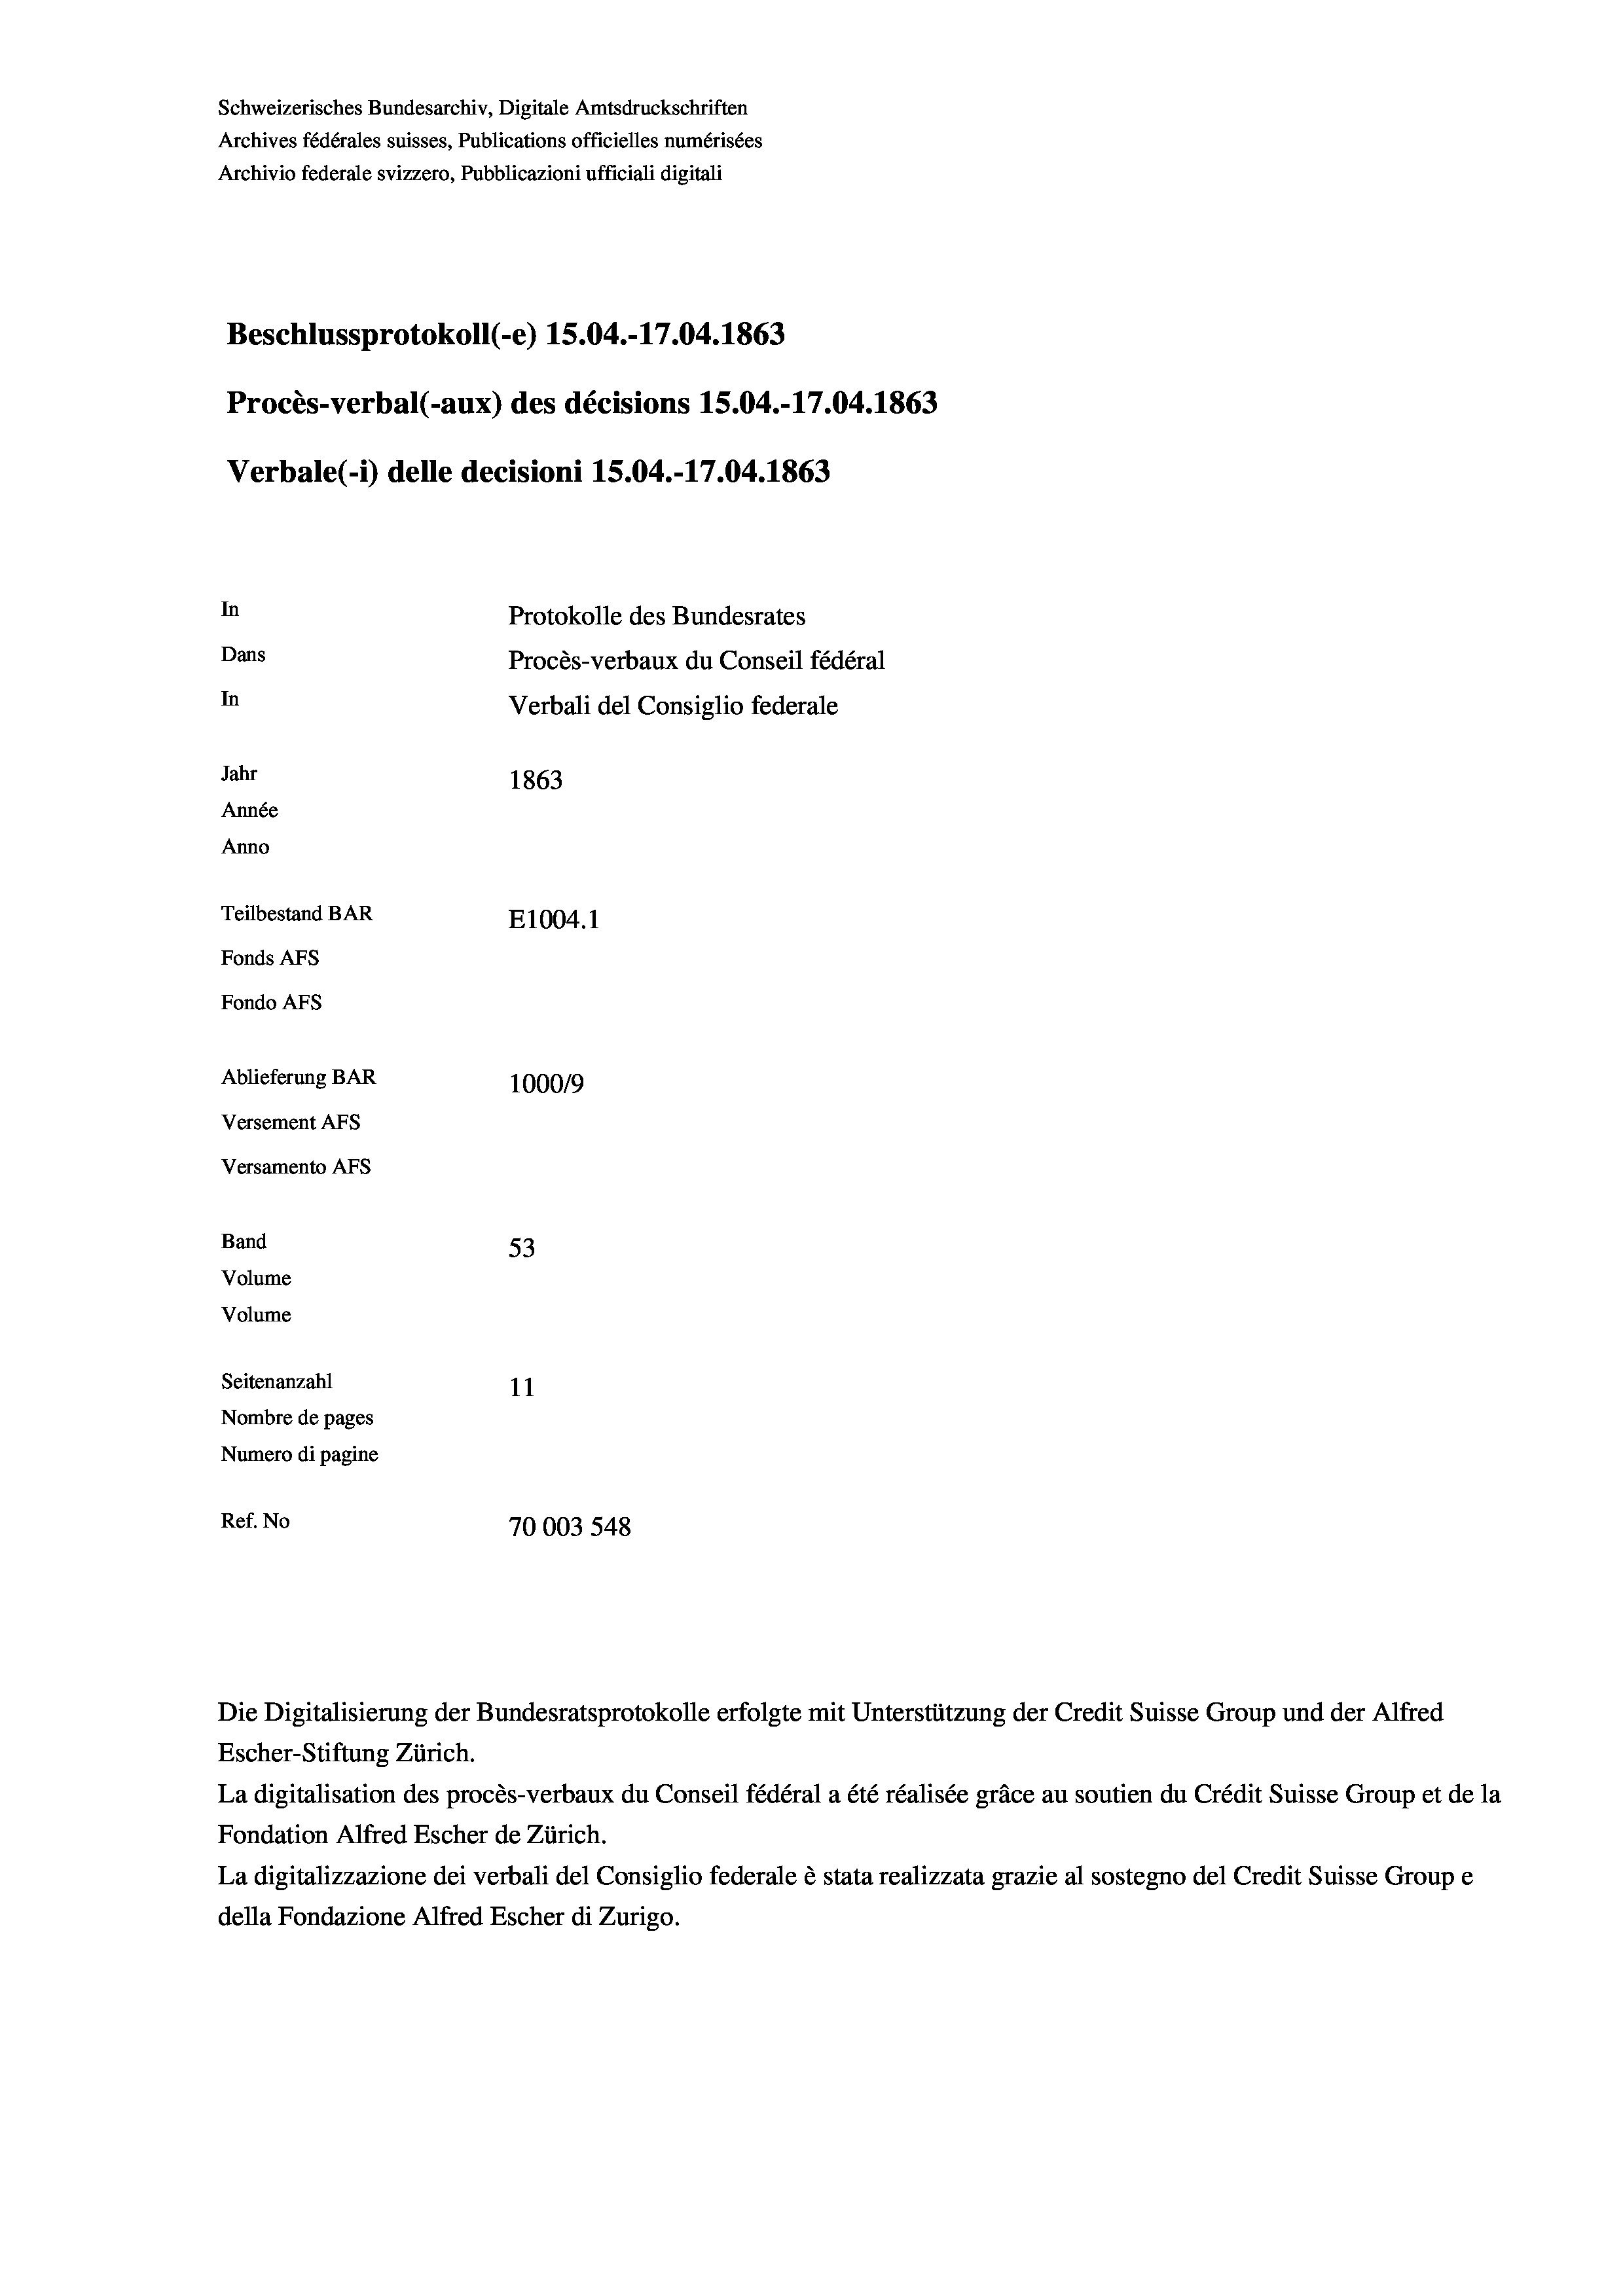
Schweizerisches Bundesarchiv, Digitale Amtsdruckschriften
Archives fédérales suisses, Publications officielles numérisées
Archivio federale svizzero, Pubblicazioni ufficiali digitali
Beschlussprotokoll (-e) 15.04.-17.04. 1863
Procès-verbal (-aux) des décisions 15.04.-17.04. 1863
Verbale (- 1) delle decisioni 15.04.-17.04. 1863
In
Protokolle des Bundesrates
Dans
Procès-verbaux du Conseil fédéral
In
Verbali del Consiglio federale
Jahr
1863
Année
Anno
Teilbestand BAR
E1004. 1
Fonds AFs
Fondo AFS
Ablieferung BAR
100019
Versement AFs
Versamento AFs
Band
53
Volume
Volume
Seitenanzahl
11
Nombre de pages
Numero di pagine
Ref. No
70003 548

Escher-Stiftung Zürich.
La digitalisation des procès-verbaux du Conseil fédéral a été réalisée gräce au soutien du Crédit Suisse Group et de la
Fondation Alfred Escher de Zürich.
La digitalizzazione dei verbali del Consiglio federale è stata realizzata grazie al sostegno del Credit Suisse Groupe
della Fondazione Alfred Escher di Zurigo.

Die Digitalisierung der Bundesratsprotokolle erfolgte mit Unterstützung der Credit Suisse Group und der Alfred